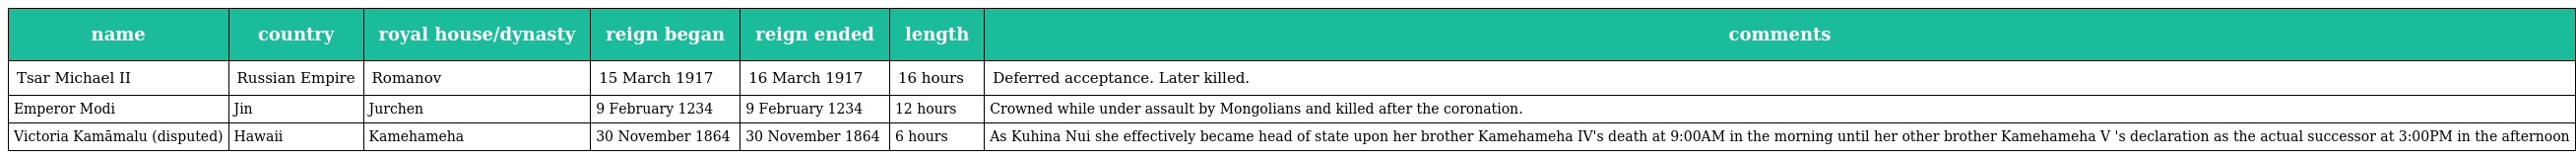
| name | country | royal house/dynasty | reign began | reign ended | length | comments |
 | --- | --- | --- | --- | --- | --- | --- |
 | Tsar Michael II | Russian Empire | Romanov | 15 March 1917 | 16 March 1917 | 16 hours | Deferred acceptance. Later killed. |
 | Emperor Modi | Jin | Jurchen | 9 February 1234 | 9 February 1234 | 12 hours | Crowned while under assault by Mongolians and killed after the coronation. |
 | Victoria Kamāmalu (disputed) | Hawaii | Kamehameha | 30 November 1864 | 30 November 1864 | 6 hours | As Kuhina Nui she effectively became head of state upon her brother Kamehameha IV's death at 9:00AM in the morning until her other brother Kamehameha V 's declaration as the actual successor at 3:00PM in the afternoon |